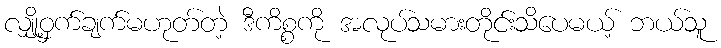
လျှို့ဝှက်ချက်မဟုတ်တဲ့ ဒီကိစ္စကို အလုပ်သမားတိုင်းသိပေမယ့် ဘယ်သူ